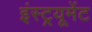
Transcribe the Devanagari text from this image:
इंस्ट्रयूमेंट